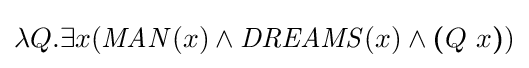
\lambda Q.\exists x({\mathit {MAN}}(x)\wedge {\mathit {DREAMS}}(x)\wedge {\boldsymbol {(}}Q\ x{\boldsymbol {)}})